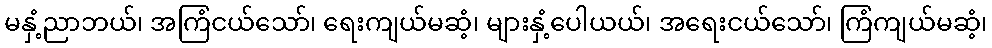
မနှံ့ညာဘယ်၊ အကြံငယ်သော်၊ ရေးကျယ်မဆံ့၊ များနှံ့ပေါယယ်၊ အရေးငယ်သော်၊ ကြံကျယ်မဆံ့၊